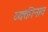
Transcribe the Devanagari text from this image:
व्यक्तीनाव